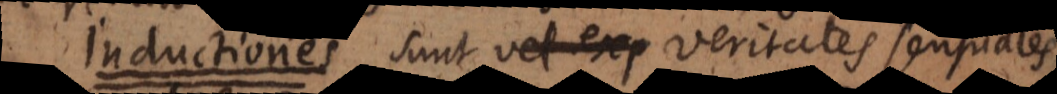
I sunt vel exp veritates sensuales